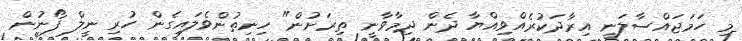
މި ހަމަޖައްސާލަނީ އިރާދަކުރެއްވިއްޔާ ދެން ދިމާވާނީ ތިރަށުން" ހިނިތުންވެލައިގެން ހުރި ނީލް ފޯނުން